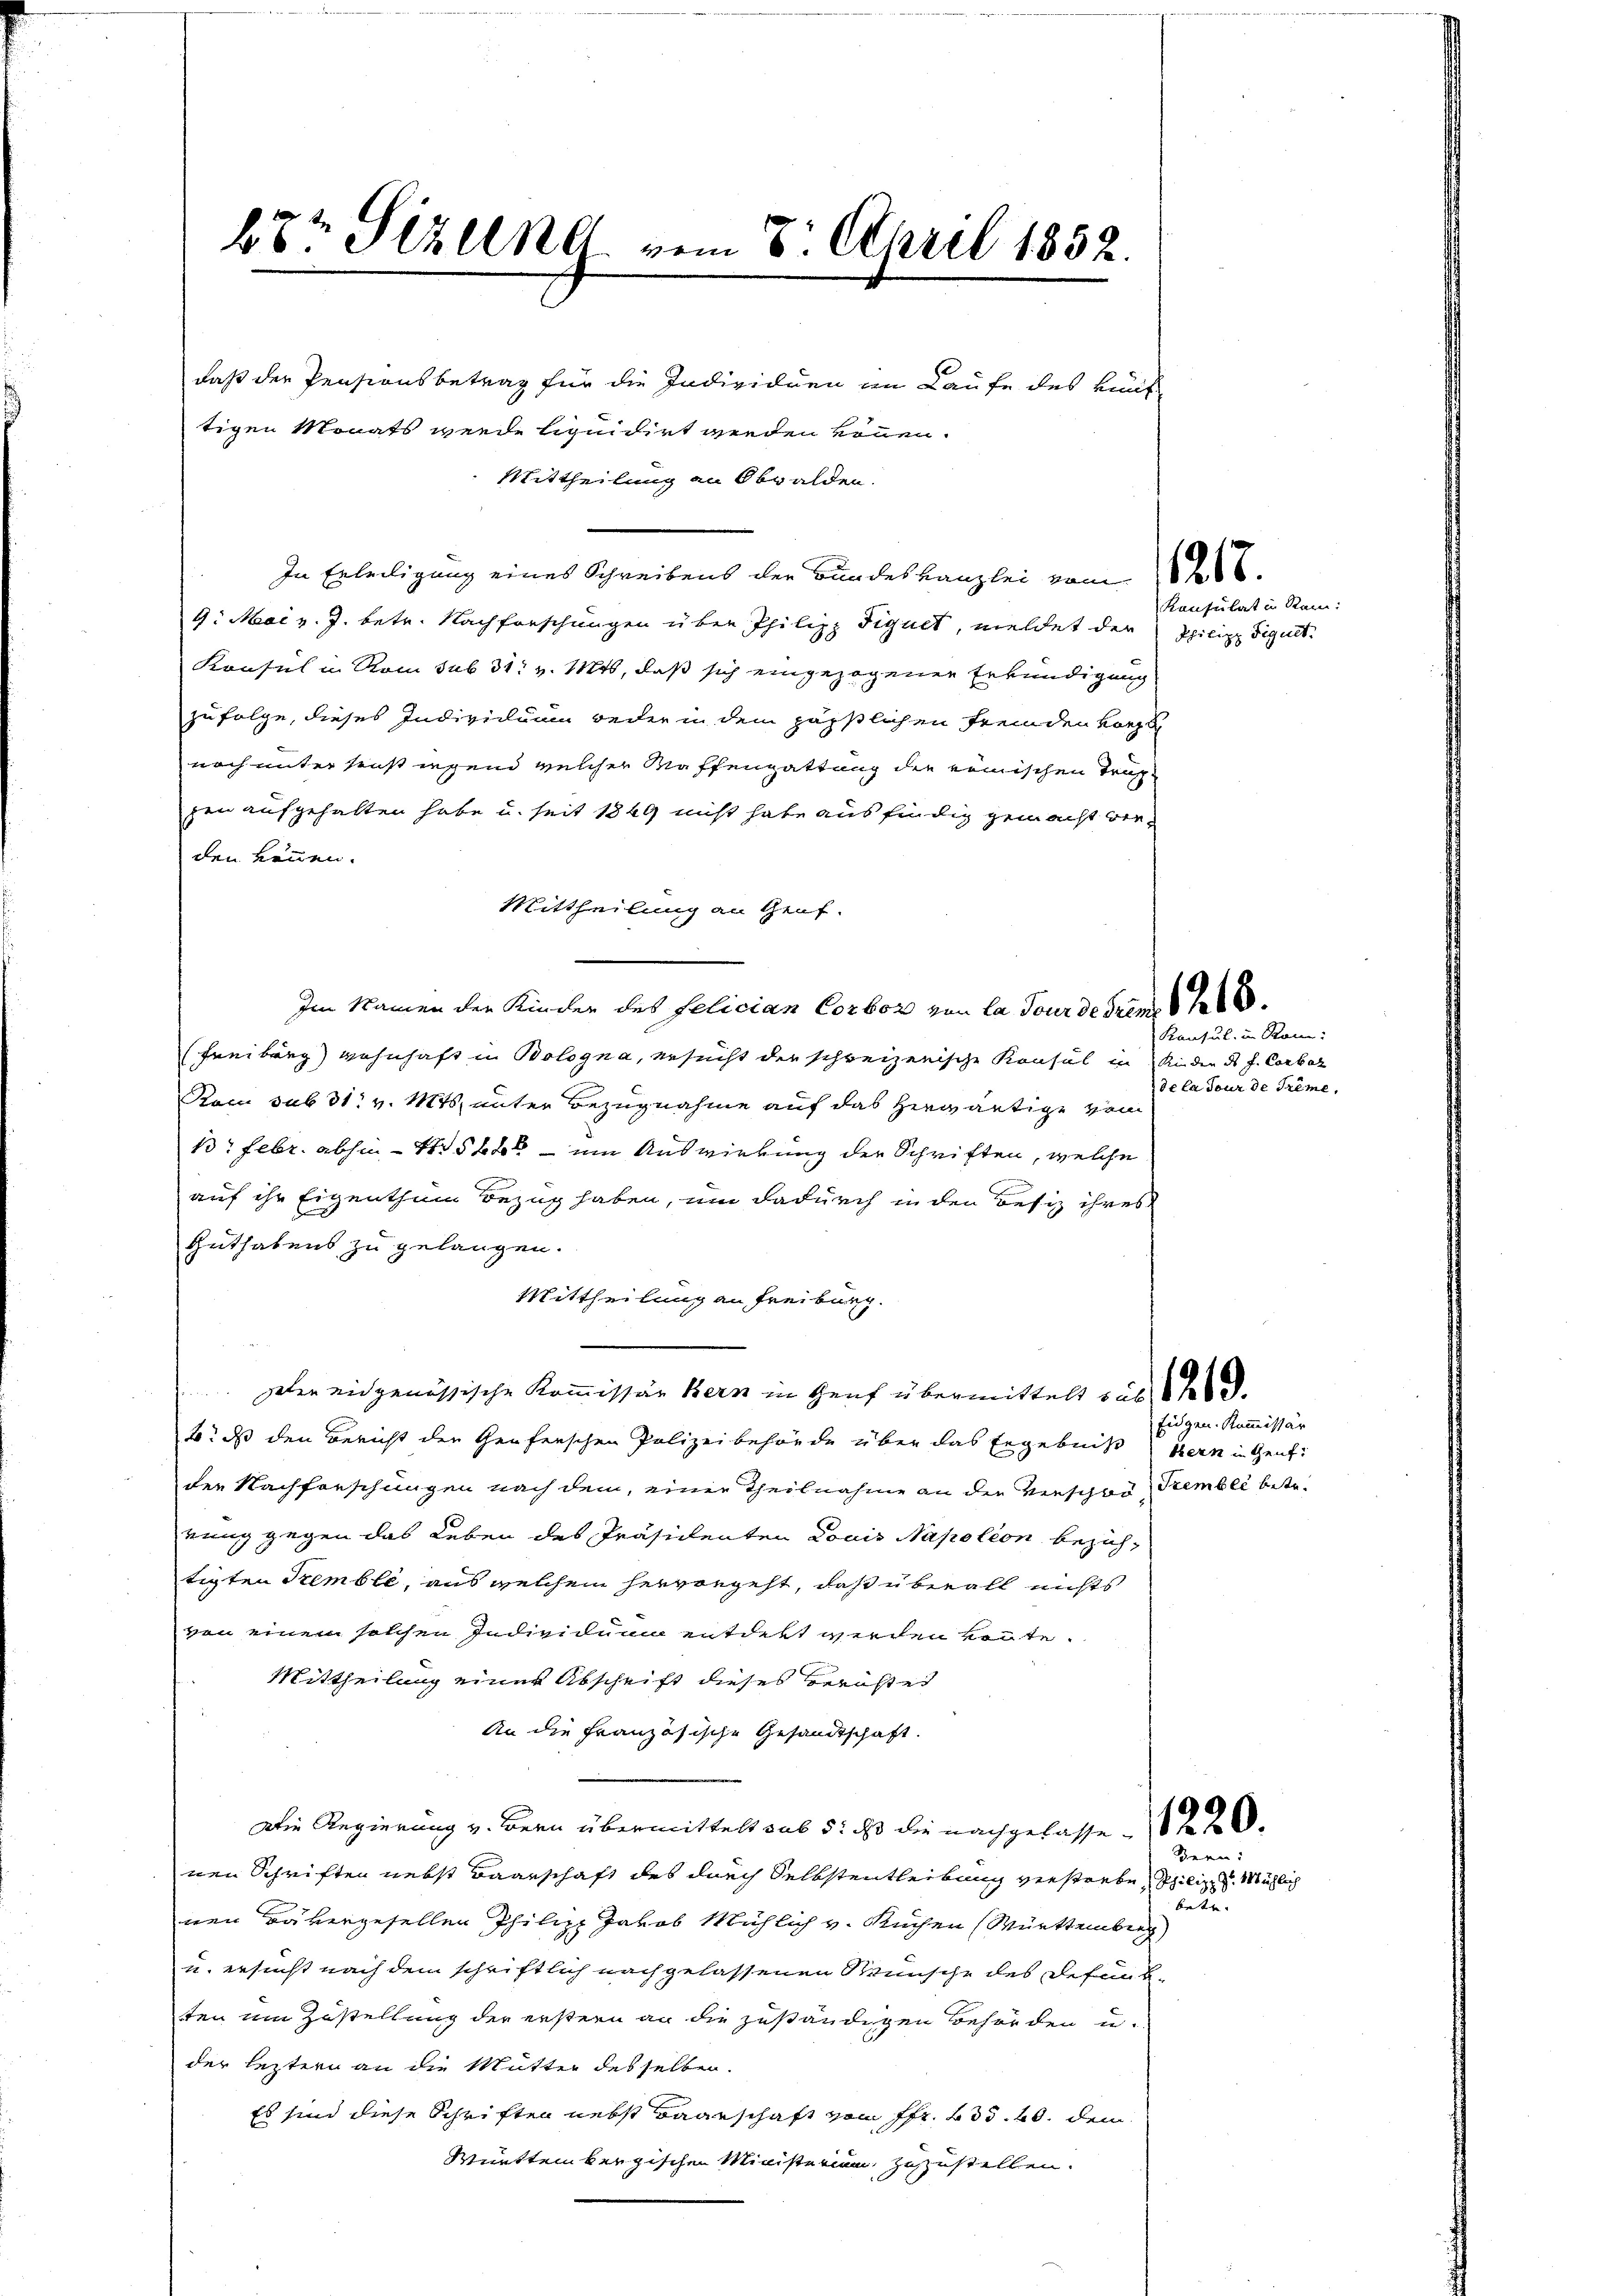
Mittheilung an Obwalden.
In Erteiligung eines Schreibens der Bundes Kanzlei vom
4. Mai v. J. betr. Nachforschungen über Philipp Tiquet, meldet der
Konsul in Rom sub 31. v. Mts, daß sich eingezogenen Erkundigung
zufolge, dieses Individuum weder in dem päpstlichen Fremden Karzt
noch unter einstiegend welcher Kaffengattung die römischen Tragzen aufgehalten habe u. seit 1849 nicht habe aus findig gemacht ber
den können.
Mittheilung an Genf.
Im Namen den Kinder des felician Corbor von la Tour de Frens 816.
(Freiburg wohnhaft in Bologna, ersucht der schreizerische Konsul in Rieder ds J. Corbot
Rocu sub 31. v. Mts. unter Bezugnahme auf das herwärtige von
1. Febr. abhin stet – um Auswirkung der Schriften, welche
auf ihr Eigenthum Bezug haben, um dadurch in den Besiz ihres
Guthabens zu gelangen.
Mittheilung an Freiburg.
peten eidgenössische Kommissär Bern in Heuf übermittelt bis
b. das den Bericht der Genferschen Polizeibehörde über das Ergebnis hern in Genf
den Nachforschungen nach dem, einer Theilnahme an die Verschon, Trember betrrung gegen das Leben des Präsidenten Louis Napolion bezahtigten Tremble, aus welchem hervorgeht, daß überall nichts
von einem solchen Individum entdert werden könnte.
Mittheilung einer Abschrift dieses Berichtes
An die Französische Gesandtschaft.
Die Regierung v. Bern übermittelt sub 5: ds die nachgelasse 2
nen Schriften nebst Baarschaft des durch Selbstentheilung verstrebe Philip Michlich
nen rübergesellen Philipp Jakob Mühlich v. Kuchen (Württemberg
u. ersucht nach dem schriftlich nach gelassenen Wünsche des defunk-
ten um Zustellung der erstern an die zuständigen Behörden u.
der leztern an die Mutter desselben.
Es sind diese Schriften nebst Baarschaft von Fr. 205. 20. dem
Württembergischen Ministerium zuzustellen.

67t Sizung vom 8. April 1852.
daß der Pensionsbetrag für die Individuen im Laufe des künf
tigen Monats werde liquidirt werden können.

1218.

Kanfulat in Ram:
Philipp Tiguet.

Konsul in Ram:
de la jour de Trême.

Eidgen. Kommissär

Bern:
betr.